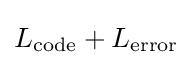
L_{\text{code}}+L_{\text{error}}